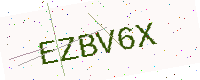
Text: EZBV6X